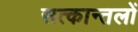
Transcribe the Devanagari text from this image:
सत्कान्तलों